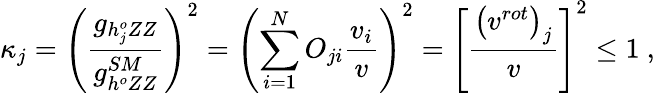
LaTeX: \kappa_{j}=\left(\frac{g_{h_{j}^{o}ZZ}}{g_{h^{o}ZZ}^{SM}}\right)^{2}=\left(\sum_{i=1}^{N}O_{ji}\frac{v_{i}}{v}\right)^{2}=\left[\frac{\left(v^{rot}\right)_{j}}{v}\right]^{2}\leq 1\ ,